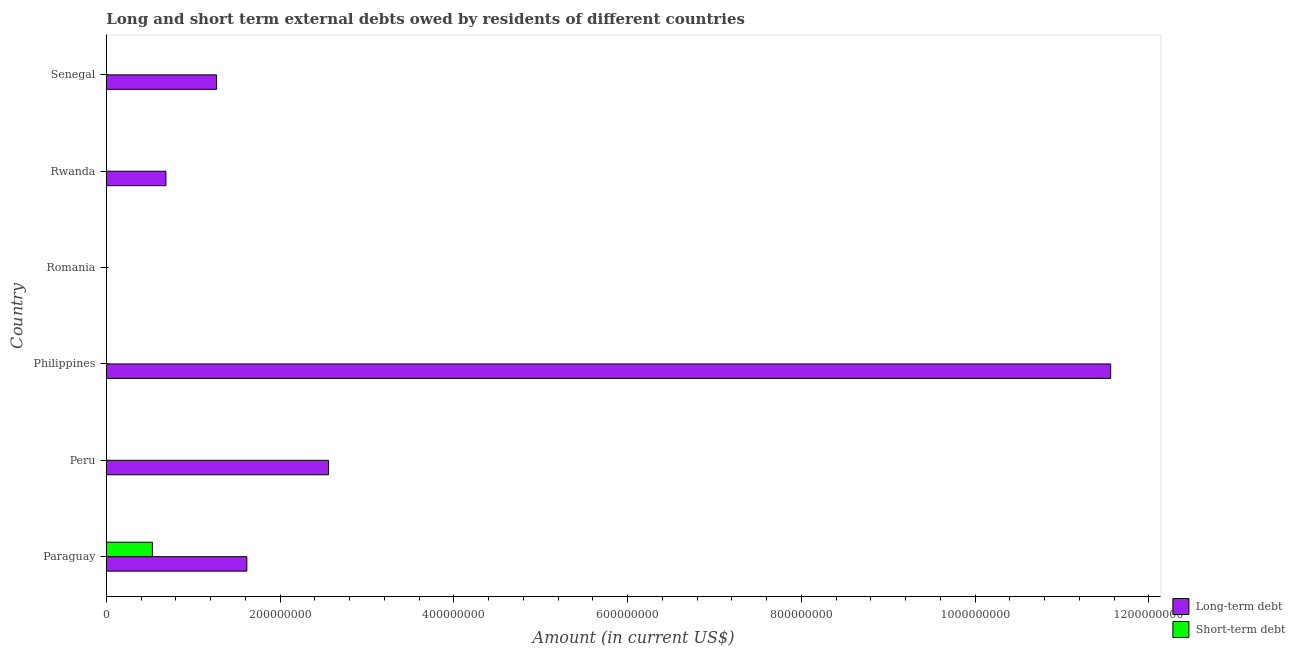
| Country | Long-term debt | Short-term debt |
 | --- | --- | --- |
 | Paraguay | 1.62e+08 | 5.3e+07 |
 | Peru | 2.56e+08 | -2.7e+08 |
 | Philippines | 1.16e+09 | -7.96e+07 |
 | Romania | -7.07e+08 | -2.3e+07 |
 | Rwanda | 6.86e+07 | -1e+07 |
 | Senegal | 1.27e+08 | -4.9e+07 |